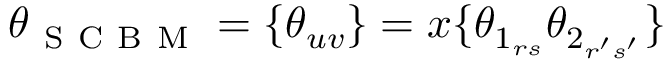
\boldsymbol { \theta } _ { \mathrm { ~ S ~ C ~ B ~ M ~ } } = \{ \theta _ { u v } \} = x \{ \theta _ { 1 _ { r s } } \theta _ { 2 _ { r ^ { \prime } s ^ { \prime } } } \}